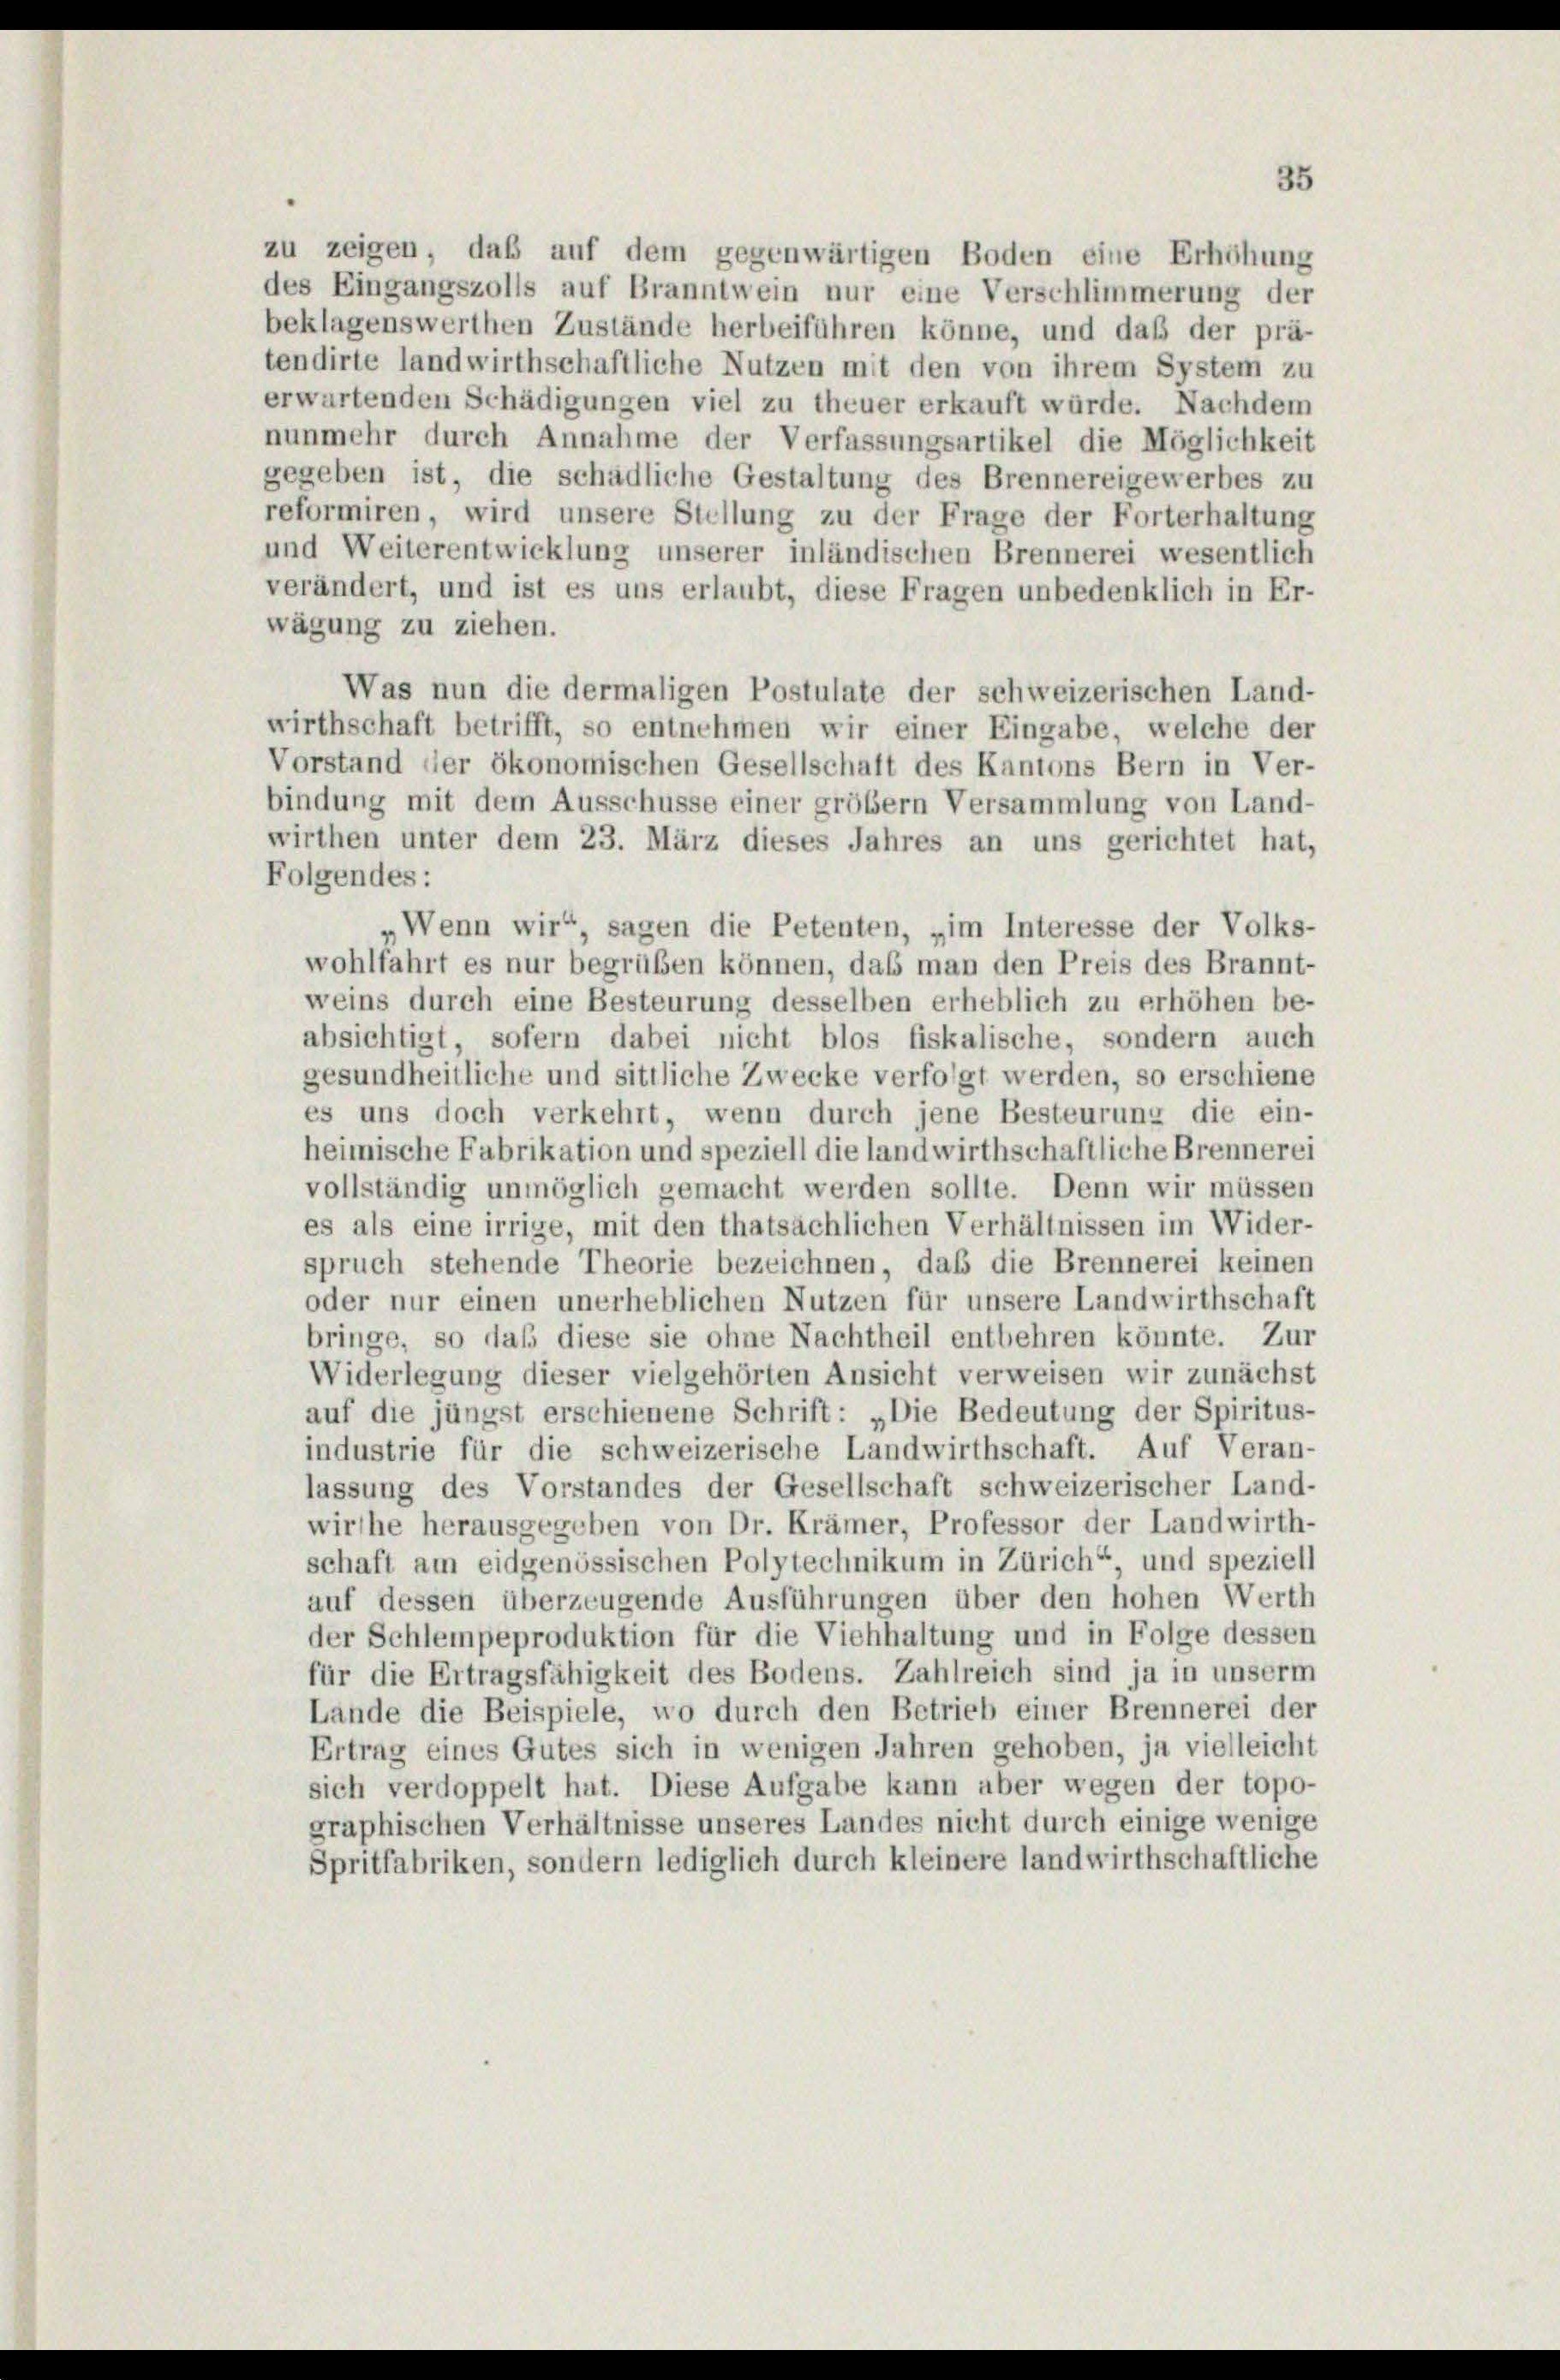
Was nun die dermaligen Postulate der schweizerischen Land-
wirthschaft betrifft, so entnehmen wir einer Eingabe, welche der
Vorstand der ökonomischen Gesellschaft des Kantons Bern in Ver-
bindung mit dem Ausschüsse einer größer Versammlung von Land-
wirthen unter dem 23. März dieses Jahres an uns gerichtet hat,
Folgendes:
Wenn wir“, sagen die Petenten, „im Interesse der Volks-
wohlfahrt es nur begrüßen können, daß man den Preis des Brannt-
weins durch eine Besteurung desselben erheblich zu erhöhen be-
absichtigt, sofern dabei nicht blos fiskalische, sondern auch
gesundheitliche und sittliche Zwecke verfolgt werden, so erschiene
es uns doch verkehrt, wenn durch jene Besteurung die ein-
heimische Fabrikation und speziell die landwirthschaftliche Brennerei
vollständig unmöglich gemacht werden sollte. Denn wir müssen
es als eine irrige, mit den thatsächlichen Verhältnissen im Wider-
spruch stehende Theorie bezeichnen, daß die Brennerei keinen
oder nur einen unerheblichen Nutzen für unsere Landwirthschaft
bringe, so daß diese sie ohne Nachtheil entbehren könnte. Zur
Widerlegung dieser vielgehörten Ansicht verweisen wir zunächst
auf die jüngst erschienene Schrift: „Die Bedeutung der Spiritus-
industrie für die schweizerische Landwirthschaft. Auf Veran-
lassung des Vorstandes der Gesellschaft schweizerischer Land-
wirthe herausgegeben von Dr. Krämer, Professor der Landwirth-
schaft am eidgenössischen Polytechnikum in Zürich“, und speziell
auf dessen überzeugende Ausführungen über den hohen Werth
der Schlempeproduktion für die Viehhaltung und in Folge dessen
für die Ertragsfähigkeit des Bodens. Zahlreich sind ja in unserm
Lände die Beispiele, wo durch den Betrieb einer Brennerei der
Ertrag eines Gutes sich in wenigen Jahren gehoben, ja vielleicht
sich verdoppelt hat. Diese Aufgabe kann aber wegen der topo-
graphischen Verhältnisse unseres Landes nicht durch einige wenige
Spritfabriken, sondern lediglich durch kleinere landwirthschaftliche

35
zu zeigen, daß auf dem gegenwärtigen Boden eine Erhöhung
des Eingangszolls auf Branntwein nur eine Verschlimmerung der
beklagenswerthen Zustände herbeiführen könne, und daß der prä-
tendirte landwirthschaftliche Nutzen mit den von ihrem System zu
erwartenden Schädigungen viel zu theuer erkauft würde. Nachdem
nunmehr durch Annahme der Verfassungsartikel die Möglichkeit
gegeben ist, die schädliche Gestaltung des Brennereigewerbes zu
reformiren, wird unsere Stellung zu der Frage der Forterhaltung
und Weiterentwicklung unserer inländischen Brennerei wesentlich
verändert, und ist es uns erlaubt, diese Fragen unbedenklich in Er-
wägung zu ziehen.